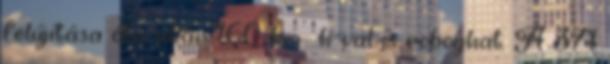
felújítása óta akár 160 km h-val is roboghat. A 371